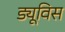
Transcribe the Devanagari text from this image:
ड्यूविस